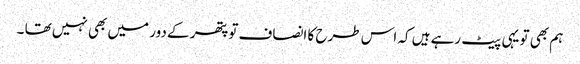
ہم بھی تو یہی پیٹ رہے ہیں کہ اس طرح کا انصاف تو پتھر کے دور میں بھی نہیں تھا ۔